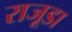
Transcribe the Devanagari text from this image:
राजूडा